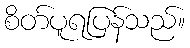
စိတ်ပူရပြန်သည်။